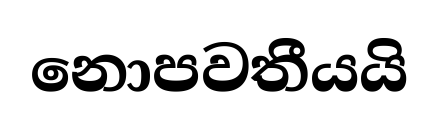
නොපවතීයයි